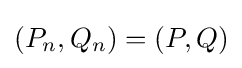
(P_{n},Q_{n})=(P,Q)